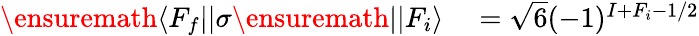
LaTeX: \begin{array}{rl}{\ensuremath{\langle F_{f}||}{\sigma}\ensuremath{||F_{i}\rangle}}&{{}=\sqrt{6}(-1)^{I+F_{i}-1/2}}\end{array}